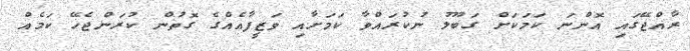
ރާއްޖޭގައި އޮންނަ ކަމަކަށް ގަބޫލު ނުކުރައްވާ ކަމަށާއި ވަޒީފާއެއްގެ ގޮތުން ކުރަންޖެހޭ ކަމެއް